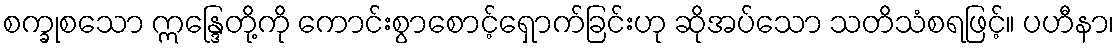
စက္ခုစသော ဣန္ဒြေတို့ကို ကောင်းစွာစောင့်ရှောက်ခြင်းဟု ဆိုအပ်သော သတိသံစရဖြင့်။ ပဟီနာ၊